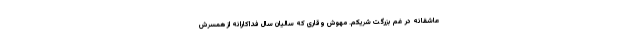
عاشقانه در غم بزرگت شریکم. مهوش وقاری که سالیان سال فداکارانه از همسرش